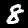
Digit: 8